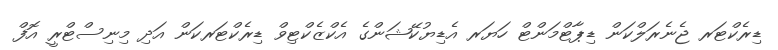
ޑިރެކްޓަރ ޖެނެރަލްކަން ޑިޕާޓްމަންޓް ހަޔަރ އެޑިޔުކޭޝަންގެ އެކްޒެކްޓިވް ޑިރެކްޓަރކަން އަދި މިނިސްޓްރީ އޮފް